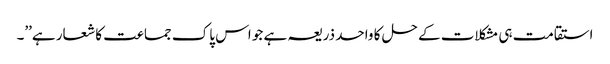
استقامت ہی مشکلات کے حل کا واحد ذریعہ ہے جو اس پاک جماعت کا شعار ہے’’۔